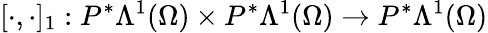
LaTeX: [\cdot,\cdot]_{1}:P^{\ast}\Lambda^{1}(\Omega)\times P^{\ast}\Lambda^{1}(\Omega)\to P^{\ast}\Lambda^{1}(\Omega)